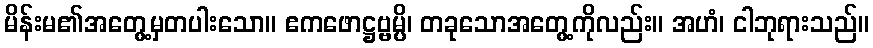
မိန်းမ၏အတွေ့မှတပါးသော။ ဧကဖောဋ္ဌဗ္ဗမ္ပိ၊ တခုသောအတွေ့ကိုလည်း။ အဟံ၊ ငါဘုရားသည်။